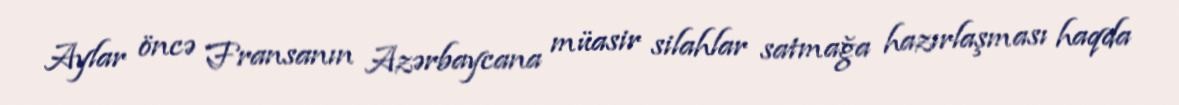
Aylar öncə Fransanın Azərbaycana müasir silahlar satmağa hazırlaşması haqda